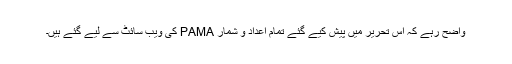
واضح رہے کہ اس تحریر میں پیش کیے گئے تمام اعداد و شمار PAMA کی ویب سائٹ سے لیے گئے ہیں۔